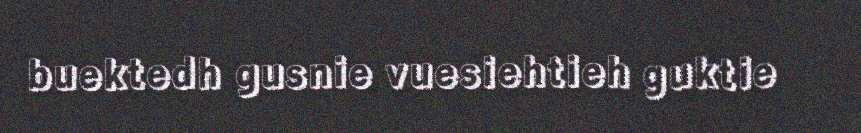
buektedh gusnie vuesiehtieh guktie